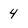
Character: 4